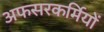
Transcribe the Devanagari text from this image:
अफसरकर्मियों